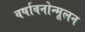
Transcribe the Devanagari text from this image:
वर्षावनोन्मूलन